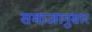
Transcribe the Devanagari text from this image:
समाजानुसार